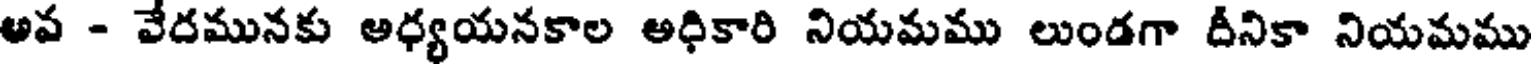
అవ - వేదమునకు అధ్యయనకాల అధికారి నియమము లుండగా దీనికా నియమము